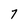
Character: 7